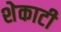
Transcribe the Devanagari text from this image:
शेकाटी